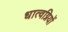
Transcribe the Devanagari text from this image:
धात्वग्नियों